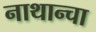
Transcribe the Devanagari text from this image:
नाथान्चा